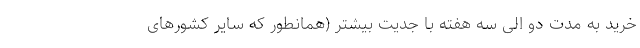
خرید به مدت دو الی سه هفته با جدیت بیشتر (همانطور که سایر کشورهای